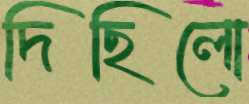
দিছিলো